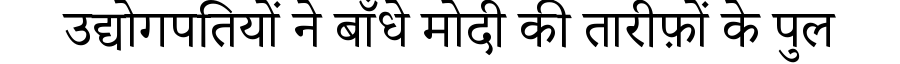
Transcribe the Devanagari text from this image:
उद्योगपतियों ने बाँधे मोदी की तारीफ़ों के पुल